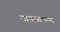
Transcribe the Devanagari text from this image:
मानास्तम्भ